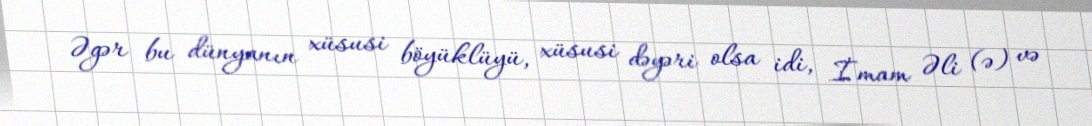
Əgər bu dünyanın xüsusi böyüklüyü, xüsusi dəyəri olsa idi, İmam Əli (ə) və